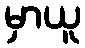
မှာယူ